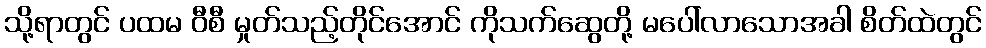
သို့ရာတွင် ပထမ ဝီစီ မှုတ်သည့်တိုင်အောင် ကိုသက်ဆွေတို့ မပေါ်လာသောအခါ စိတ်ထဲတွင်